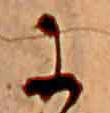
に